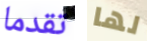
تقدما لها